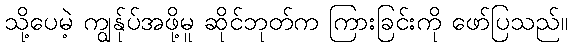
သို့ပေမဲ့ ကျွန်ုပ်အဖို့မူ ဆိုင်ဘုတ်က ကြားခြင်းကို ဖော်ပြသည်။